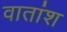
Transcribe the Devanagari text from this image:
वातांश